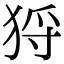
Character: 𤞙